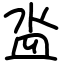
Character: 泴